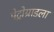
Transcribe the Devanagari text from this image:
पेट्रोग्राडला